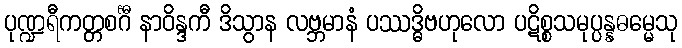
ပုဏ္ဍရီကတ္တစင်္ဂီ နာဝိန္ဒကီ ဒိသွာန လဗ္ဘမာနံ ပဿဒ္ဓိဗဟုလော ပဋိစ္စသမုပ္ပန္နဓမ္မေသု